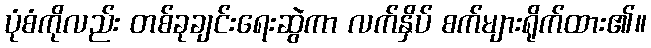
ပုံစံကိုလည်း တစ်ခုချင်းရေးဆွဲကာ လက်နှိပ် စက်များရိုက်ထား၏။